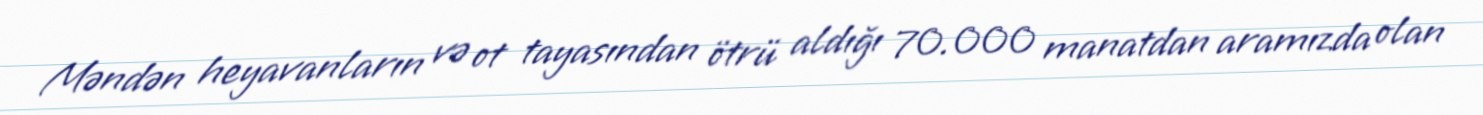
Məndən heyavanların və ot tayasından ötrü aldığı 70.000 manatdan aramızda olan